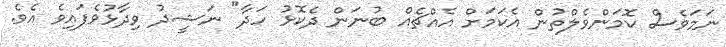
ނަމަވެސް ކޮމަންވެލްތުން އެކަމަށް އެއްޗެއް ބުނަން ދެކޮޅު ހަދާ" ނަޝީދު ވިދާޅުވެފައިވެ އެވެ.